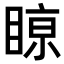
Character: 𥈘